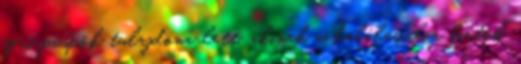
egri püspök tulajdona lett, akinek a halálával a birtok